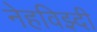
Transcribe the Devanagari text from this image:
नेहविझ्दी